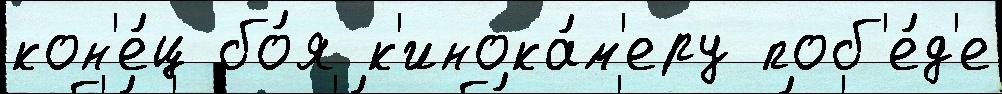
кон'е́ц бо́я к'инока́м'еру поб'е́д'е